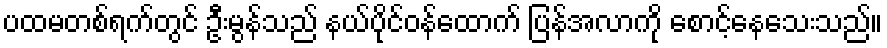
ပထမတစ်ရက်တွင် ဦးမွန်သည် နယ်ပိုင်ဝန်ထောက် ပြန်အလာကို စောင့်နေသေးသည်။